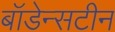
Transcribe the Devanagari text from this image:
बॉडेन्सटीन